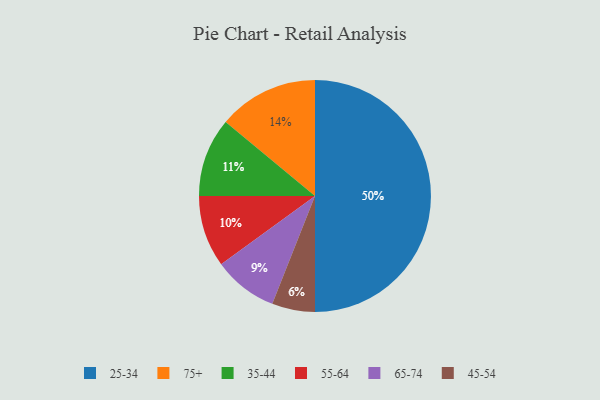
{"axis": {"x": "Category", "y": "Percentage"}, "legend": ["25-34", "35-44", "45-54", "55-64", "65-74", "75+"], "data": [{"x": "55-64", "y": 10, "type": "55-64"}, {"x": "75+", "y": 14, "type": "75+"}, {"x": "35-44", "y": 11, "type": "35-44"}, {"x": "45-54", "y": 6, "type": "45-54"}, {"x": "65-74", "y": 9, "type": "65-74"}, {"x": "25-34", "y": 50, "type": "25-34"}]}